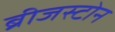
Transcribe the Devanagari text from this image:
ब्रीजस्टोन